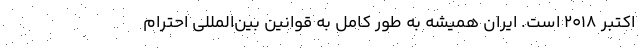
اکتبر ۲۰۱۸ است. ایران همیشه به طور کامل به قوانین بین‌المللی احترام